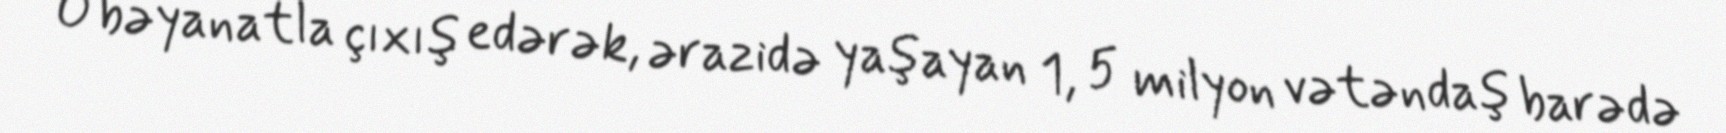
O bəyanatla çıxış edərək, ərazidə yaşayan 1, 5 milyon vətəndaş barədə